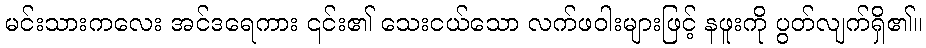
မင်းသားကလေး အင်ဒရေကား ၎င်း၏ သေးငယ်သော လက်ဖဝါးများဖြင့် နဖူးကို ပွတ်လျက်ရှိ၏။